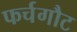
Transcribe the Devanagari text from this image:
फर्चगौट